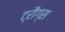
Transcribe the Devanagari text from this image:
ट्रौग्स